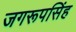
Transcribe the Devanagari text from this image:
जगरूपसिंह